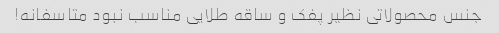
جنس محصولاتی نظیر پفک و ساقه طلایی مناسب نبود متاسفانه!